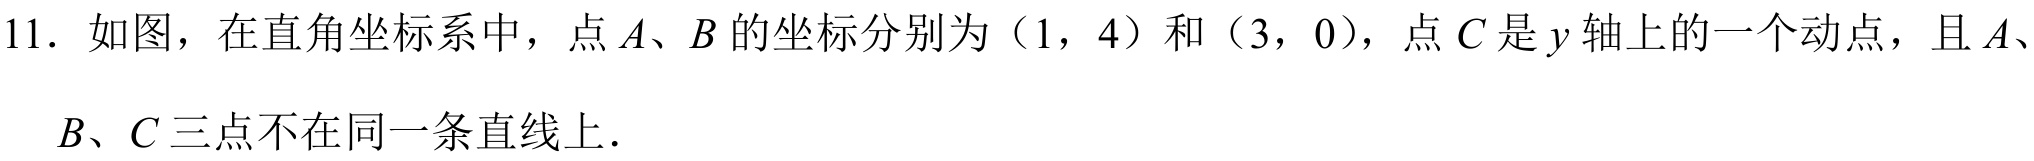
11. 如图，在直角坐标系中，点 \(A\)、\(B\) 的坐标分别为（1，4）和（3，0），点 \(C\) 是 \(y\) 轴上的一个动点，且 \(A\)、\(B\)、\(C\) 三点不在同一条直线上．